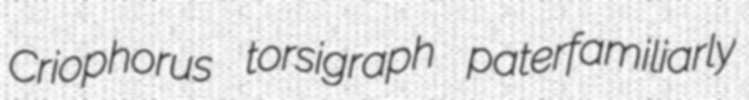
Criophorus torsigraph paterfamiliarly